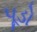
પૂડો